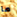
ما